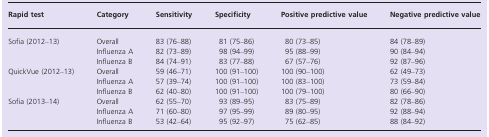
<table><thead><tr><td><b>Rapid test</b></td><td><b>Category</b></td><td><b>Sensitivity</b></td><td><b>Specificity</b></td><td><b>Positive predictive value</b></td><td><b>Negative predictive value</b></td></tr></thead><tbody><tr><td rowspan="3">Sofia (2012–13)</td><td>Overall</td><td>83 (76–88)</td><td>81 (75–86)</td><td>80 (73–85)</td><td>84 (78–89)</td></tr><tr><td>Influenza A</td><td>82 (73–89)</td><td>98 (94–99)</td><td>95 (88–99)</td><td>90 (84–94)</td></tr><tr><td>Influenza B</td><td>84 (74–91)</td><td>83 (77–88)</td><td>67 (57–76)</td><td>92 (87–96)</td></tr><tr><td rowspan="3">QuickVue (2012–13)</td><td>Overall</td><td>59 (46–71)</td><td>100 (91–100)</td><td>100 (90–100)</td><td>62 (49–73)</td></tr><tr><td>Influenza A</td><td>57 (39–74)</td><td>100 (91–100)</td><td>100 (83–100)</td><td>73 (59–84)</td></tr><tr><td>Influenza B</td><td>62 (40–80)</td><td>100 (91–100)</td><td>100 (79–100)</td><td>80 (66–90)</td></tr><tr><td rowspan="3">Sofia (2013–14)</td><td>Overall</td><td>62 (55–70)</td><td>93 (89–95)</td><td>83 (75–89)</td><td>82 (78–86)</td></tr><tr><td>Influenza A</td><td>71 (60–80)</td><td>97 (95–99)</td><td>89 (80–95)</td><td>92 (88–94)</td></tr><tr><td>Influenza B</td><td>53 (42–64)</td><td>95 (92–97)</td><td>75 (62–85)</td><td>88 (84–92)</td></tr></tbody></table>